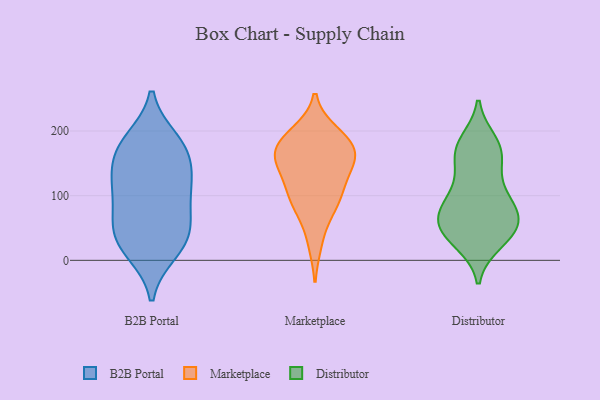
{"axis": {"x": "Net Income (USD K)", "y": "Value"}, "legend": ["B2B Portal", "Distributor", "Marketplace"], "data": [{"x": "", "y": 161, "type": "B2B Portal"}, {"x": "", "y": 14, "type": "B2B Portal"}, {"x": "", "y": 113, "type": "B2B Portal"}, {"x": "", "y": 185, "type": "B2B Portal"}, {"x": "", "y": 71, "type": "B2B Portal"}, {"x": "", "y": 53, "type": "B2B Portal"}, {"x": "", "y": 33, "type": "B2B Portal"}, {"x": "", "y": 20, "type": "B2B Portal"}, {"x": "", "y": 134, "type": "B2B Portal"}, {"x": "", "y": 49, "type": "B2B Portal"}, {"x": "", "y": 177, "type": "B2B Portal"}, {"x": "", "y": 175, "type": "B2B Portal"}, {"x": "", "y": 106, "type": "B2B Portal"}, {"x": "", "y": 117, "type": "B2B Portal"}, {"x": "", "y": 83, "type": "Marketplace"}, {"x": "", "y": 174, "type": "Marketplace"}, {"x": "", "y": 147, "type": "Marketplace"}, {"x": "", "y": 166, "type": "Marketplace"}, {"x": "", "y": 93, "type": "Marketplace"}, {"x": "", "y": 154, "type": "Marketplace"}, {"x": "", "y": 86, "type": "Marketplace"}, {"x": "", "y": 120, "type": "Marketplace"}, {"x": "", "y": 196, "type": "Marketplace"}, {"x": "", "y": 176, "type": "Marketplace"}, {"x": "", "y": 123, "type": "Marketplace"}, {"x": "", "y": 192, "type": "Marketplace"}, {"x": "", "y": 28, "type": "Marketplace"}, {"x": "", "y": 166, "type": "Marketplace"}, {"x": "", "y": 69, "type": "Distributor"}, {"x": "", "y": 183, "type": "Distributor"}, {"x": "", "y": 164, "type": "Distributor"}, {"x": "", "y": 82, "type": "Distributor"}, {"x": "", "y": 45, "type": "Distributor"}, {"x": "", "y": 28, "type": "Distributor"}, {"x": "", "y": 47, "type": "Distributor"}, {"x": "", "y": 33, "type": "Distributor"}, {"x": "", "y": 85, "type": "Distributor"}, {"x": "", "y": 122, "type": "Distributor"}, {"x": "", "y": 167, "type": "Distributor"}, {"x": "", "y": 85, "type": "Distributor"}, {"x": "", "y": 161, "type": "Distributor"}, {"x": "", "y": 179, "type": "Distributor"}, {"x": "", "y": 114, "type": "Distributor"}, {"x": "", "y": 43, "type": "Distributor"}, {"x": "", "y": 60, "type": "Distributor"}, {"x": "", "y": 69, "type": "Distributor"}]}